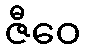
ဇီဝေ